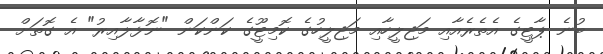
ބުނެ ޕާޓީގެ އެތެރެއާއި މަޖިލީހާއި މަޖިލީހުގެ ކޮމިޓޫީގެ ކަންކަން "ނޮޅާލާއިރު" އެ ގޮތަށް